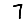
Digit: 7